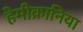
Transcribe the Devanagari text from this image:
हेमीक्रानिया